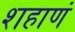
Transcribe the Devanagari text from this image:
शहाणं